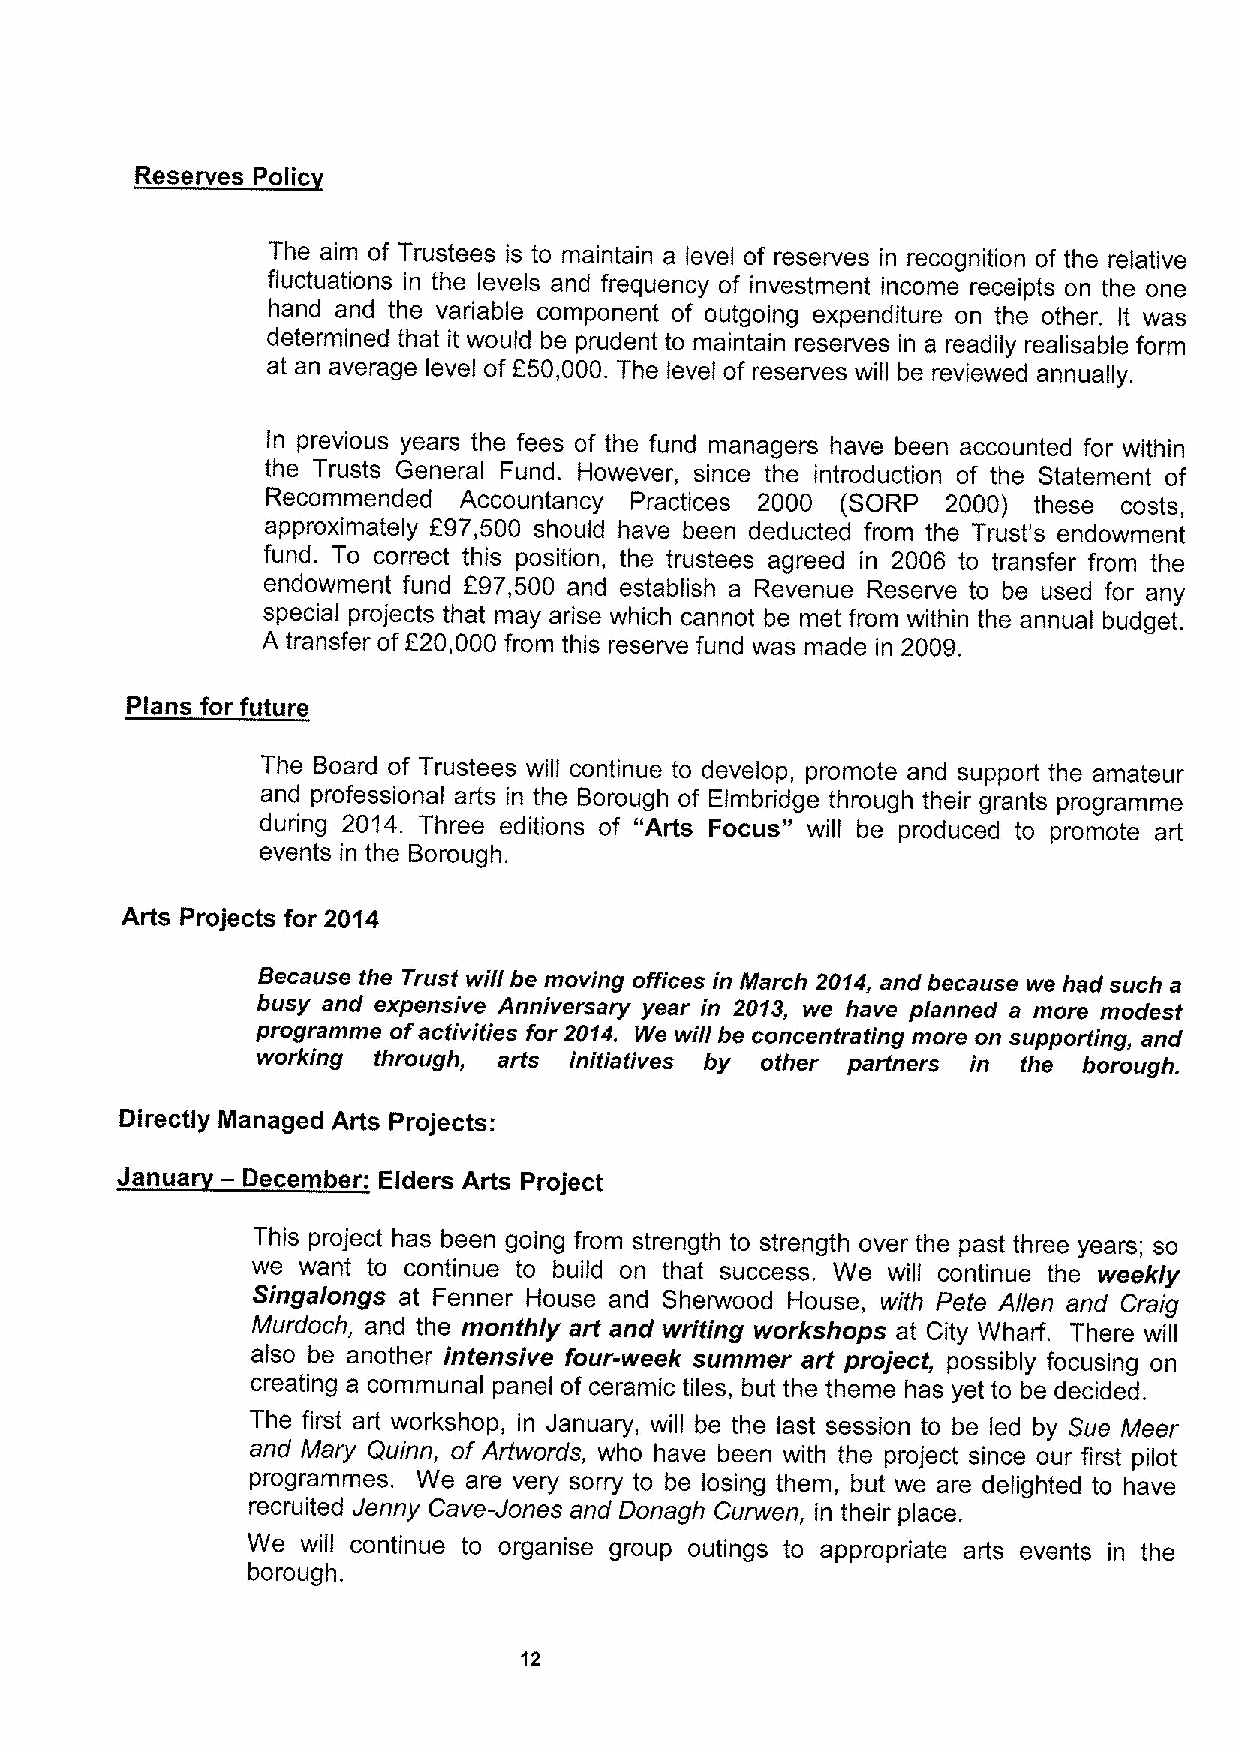
~Reserves Pclic
 The aim of Trustees is to maintain a level of reserves in recognition of the relative
 fluctuations in the levels and frequency of investment income receipts on the one
 hand and the variable component of outgoing expenditure on the other. It was
 determined that it would be prudent to maintain reserves in a readily realisable form
 at an average level of 250,000. The level of reserves will be reviewed annually.
 In previous years the fees of the fund managers have been accounted for within
 the Trusts General Fund. However, since the introduction of the Statement of
 Recommended Accountancy Practices 2000 (SORP 2000) these costs,
 approximately F97,500 should have been deducted from the Trust's endowment
 fund. To correct this position, the trustees agreed in 2006 to transfer from the
 endowment fund f97,500 and establish a Revenue Reserve to be used for any
 special projects that may arise which cannot be met from within the annual budget.
 A transfer ofF20,000 from this reserve fund was made in 2009.
 Plans for future
 The Board of Trustees will continue to develop, promote and support the amateur
 and professional arts in the Borough of Elmbridge through their grants programme
 during 2014. Three editions of "Arts Focus" will be produced to promote art
 events in the Borough.
 Arts Projects for 2014
 Because the Trust will be moving offices in March 2014, and because we had such a
 busy and expensive Anniversary year in 2013, we have planned a more modest
 programme ofactivities for 2014. We will be concentrating more on supporting, and
 working through, arts initiatives by other partners in the borough.
 Directly Managed Arts Projects:
 Janua  — December: Elders Arts Project
 This project has been going from strength to strength over the past three years; so
 we want to continue to build on that success. We will continue the weekly
 Singalongs at Fenner House and Sherwood House, with Pete Allen and Craig
 Murdoch, and the monthly art and writing workshops at City Wharf. There will
 also be another intensive four-week summer art project, possibly focusing on
 creating a communal panel of ceramic tiles, but the theme has yet to be decided.
 The first art workshop, in January, will be the last session to be led by Sue Meer
 and Mary Quinn, ofArtwords, who have been with the project since our first pilot
 programmes. We are very sorry to be losing them, but we are delighted to have
 recruited Jenny Cave-Jones and Donagh Curwen, in their place.
 We  will continue to organise group outings to appropriate arts events in the
 borough.
 12